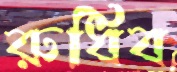
রুধিব